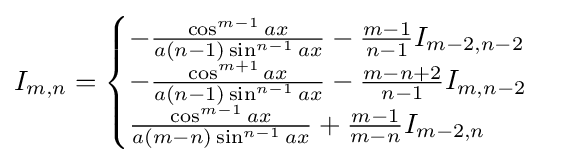
I_{m,n}={\begin{cases}-{\frac {\cos ^{m-1}{ax}}{a(n-1)\sin ^{n-1}{ax}}}-{\frac {m-1}{n-1}}I_{m-2,n-2}\\-{\frac {\cos ^{m+1}{ax}}{a(n-1)\sin ^{n-1}{ax}}}-{\frac {m-n+2}{n-1}}I_{m,n-2}\\{\frac {\cos ^{m-1}{ax}}{a(m-n)\sin ^{n-1}{ax}}}+{\frac {m-1}{m-n}}I_{m-2,n}\\\end{cases}}\,\!